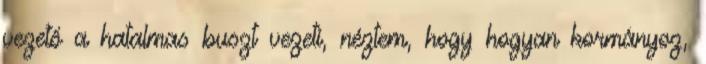
vezető a hatalmas buszt vezeti, néztem, hogy hogyan kormányoz,